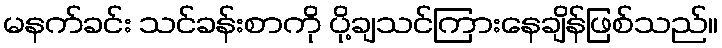
မနက်ခင်း သင်ခန်းစာကို ပို့ချသင်ကြားနေချိန်ဖြစ်သည်။